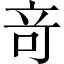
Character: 竒